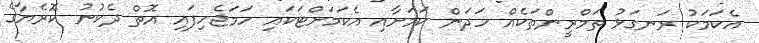
އެކަމަކު ރަނގަޅު ތަމްރީންތަކެއް ހަދަން ކަމަށާއި އެކަމަށްޓަކައި ހަމަޖެހިފައި އޮތް ދެކުނު ކޮރެޔާގެ